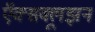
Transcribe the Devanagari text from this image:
ऍक्सक्लूझ़न